画像に写った文字を読んでください
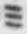
「ミ」と書いてあります